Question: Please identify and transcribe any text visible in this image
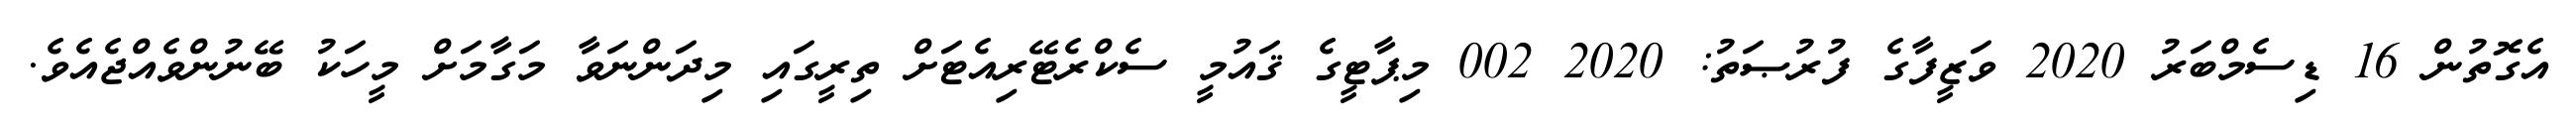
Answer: އެގޮތުން 16 ޑިސެމްބަރު 2020 ވަޒީފާގެ ފުރުޞަތު: 2020 002 މިޕާޓީގެ ޤައުމީ ސެކްރެޓޭރިއެޓަށް ތިރީގައި މިދަންނަވާ މަގާމަށް މީހަކު ބޭނުންވެއްޖެއެވެ.